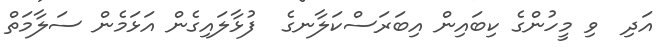
އަދި  ވި މީހުންގެ ކިބައިން އިބަރަސްކަލާނގެ  ފުޅާލައިގެން އަޅަމެން ސަލާމަތް